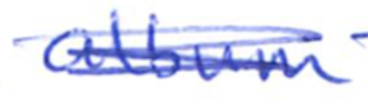
Text: album
Cross-out: scratch
Writing tool: ballpoint